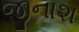
જીનાશ